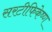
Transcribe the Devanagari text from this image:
सरटीफिकेष्ण